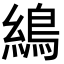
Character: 𦄋